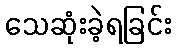
သေဆုံးခဲ့ရခြင်း